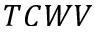
T C W V